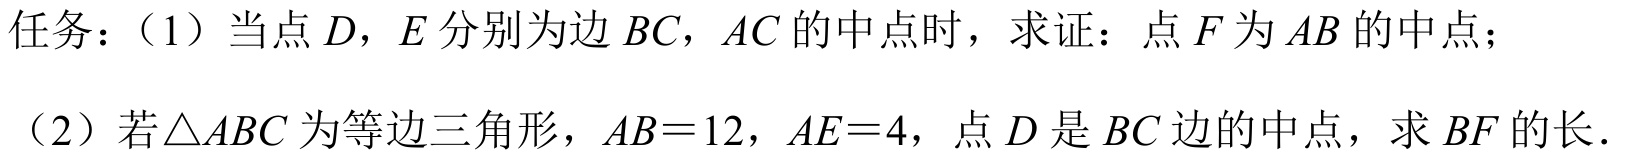
任务：（1）当点\(D\)，\(E\)分别为边\(BC\)，\(AC\)的中点时，求证：点\(F\)为\(AB\)的中点；
（2）若\(\triangle ABC\)为等边三角形，\(AB = 12\)，\(AE = 4\)，点\(D\)是\(BC\)边的中点，求\(BF\)的长.